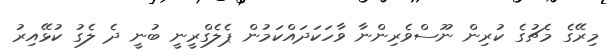
މިރޭގެ މެޗުގެ ކުރިން ނޫސްވެރިންނާ ވާހަކަދައްކަމުން ޕެލެގްރީނީ ބުނީ ދެ ލެގު ކުޅޭއިރު